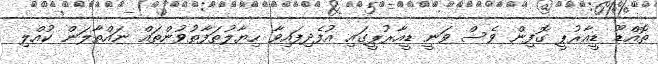
ތޮއްޑޫ ޑީއާރުޕީ ގޮފިން ވެސް ވަނީ ޑީއާރުޕީގައި އުފެދިފައިވާ ހިޔާލުތަފާތުވުންތައް ނައްތާލަން ކުއްލި